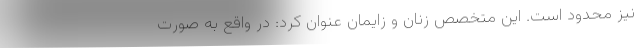
نیز محدود است. این متخصص زنان و زایمان عنوان کرد: در واقع به صورت